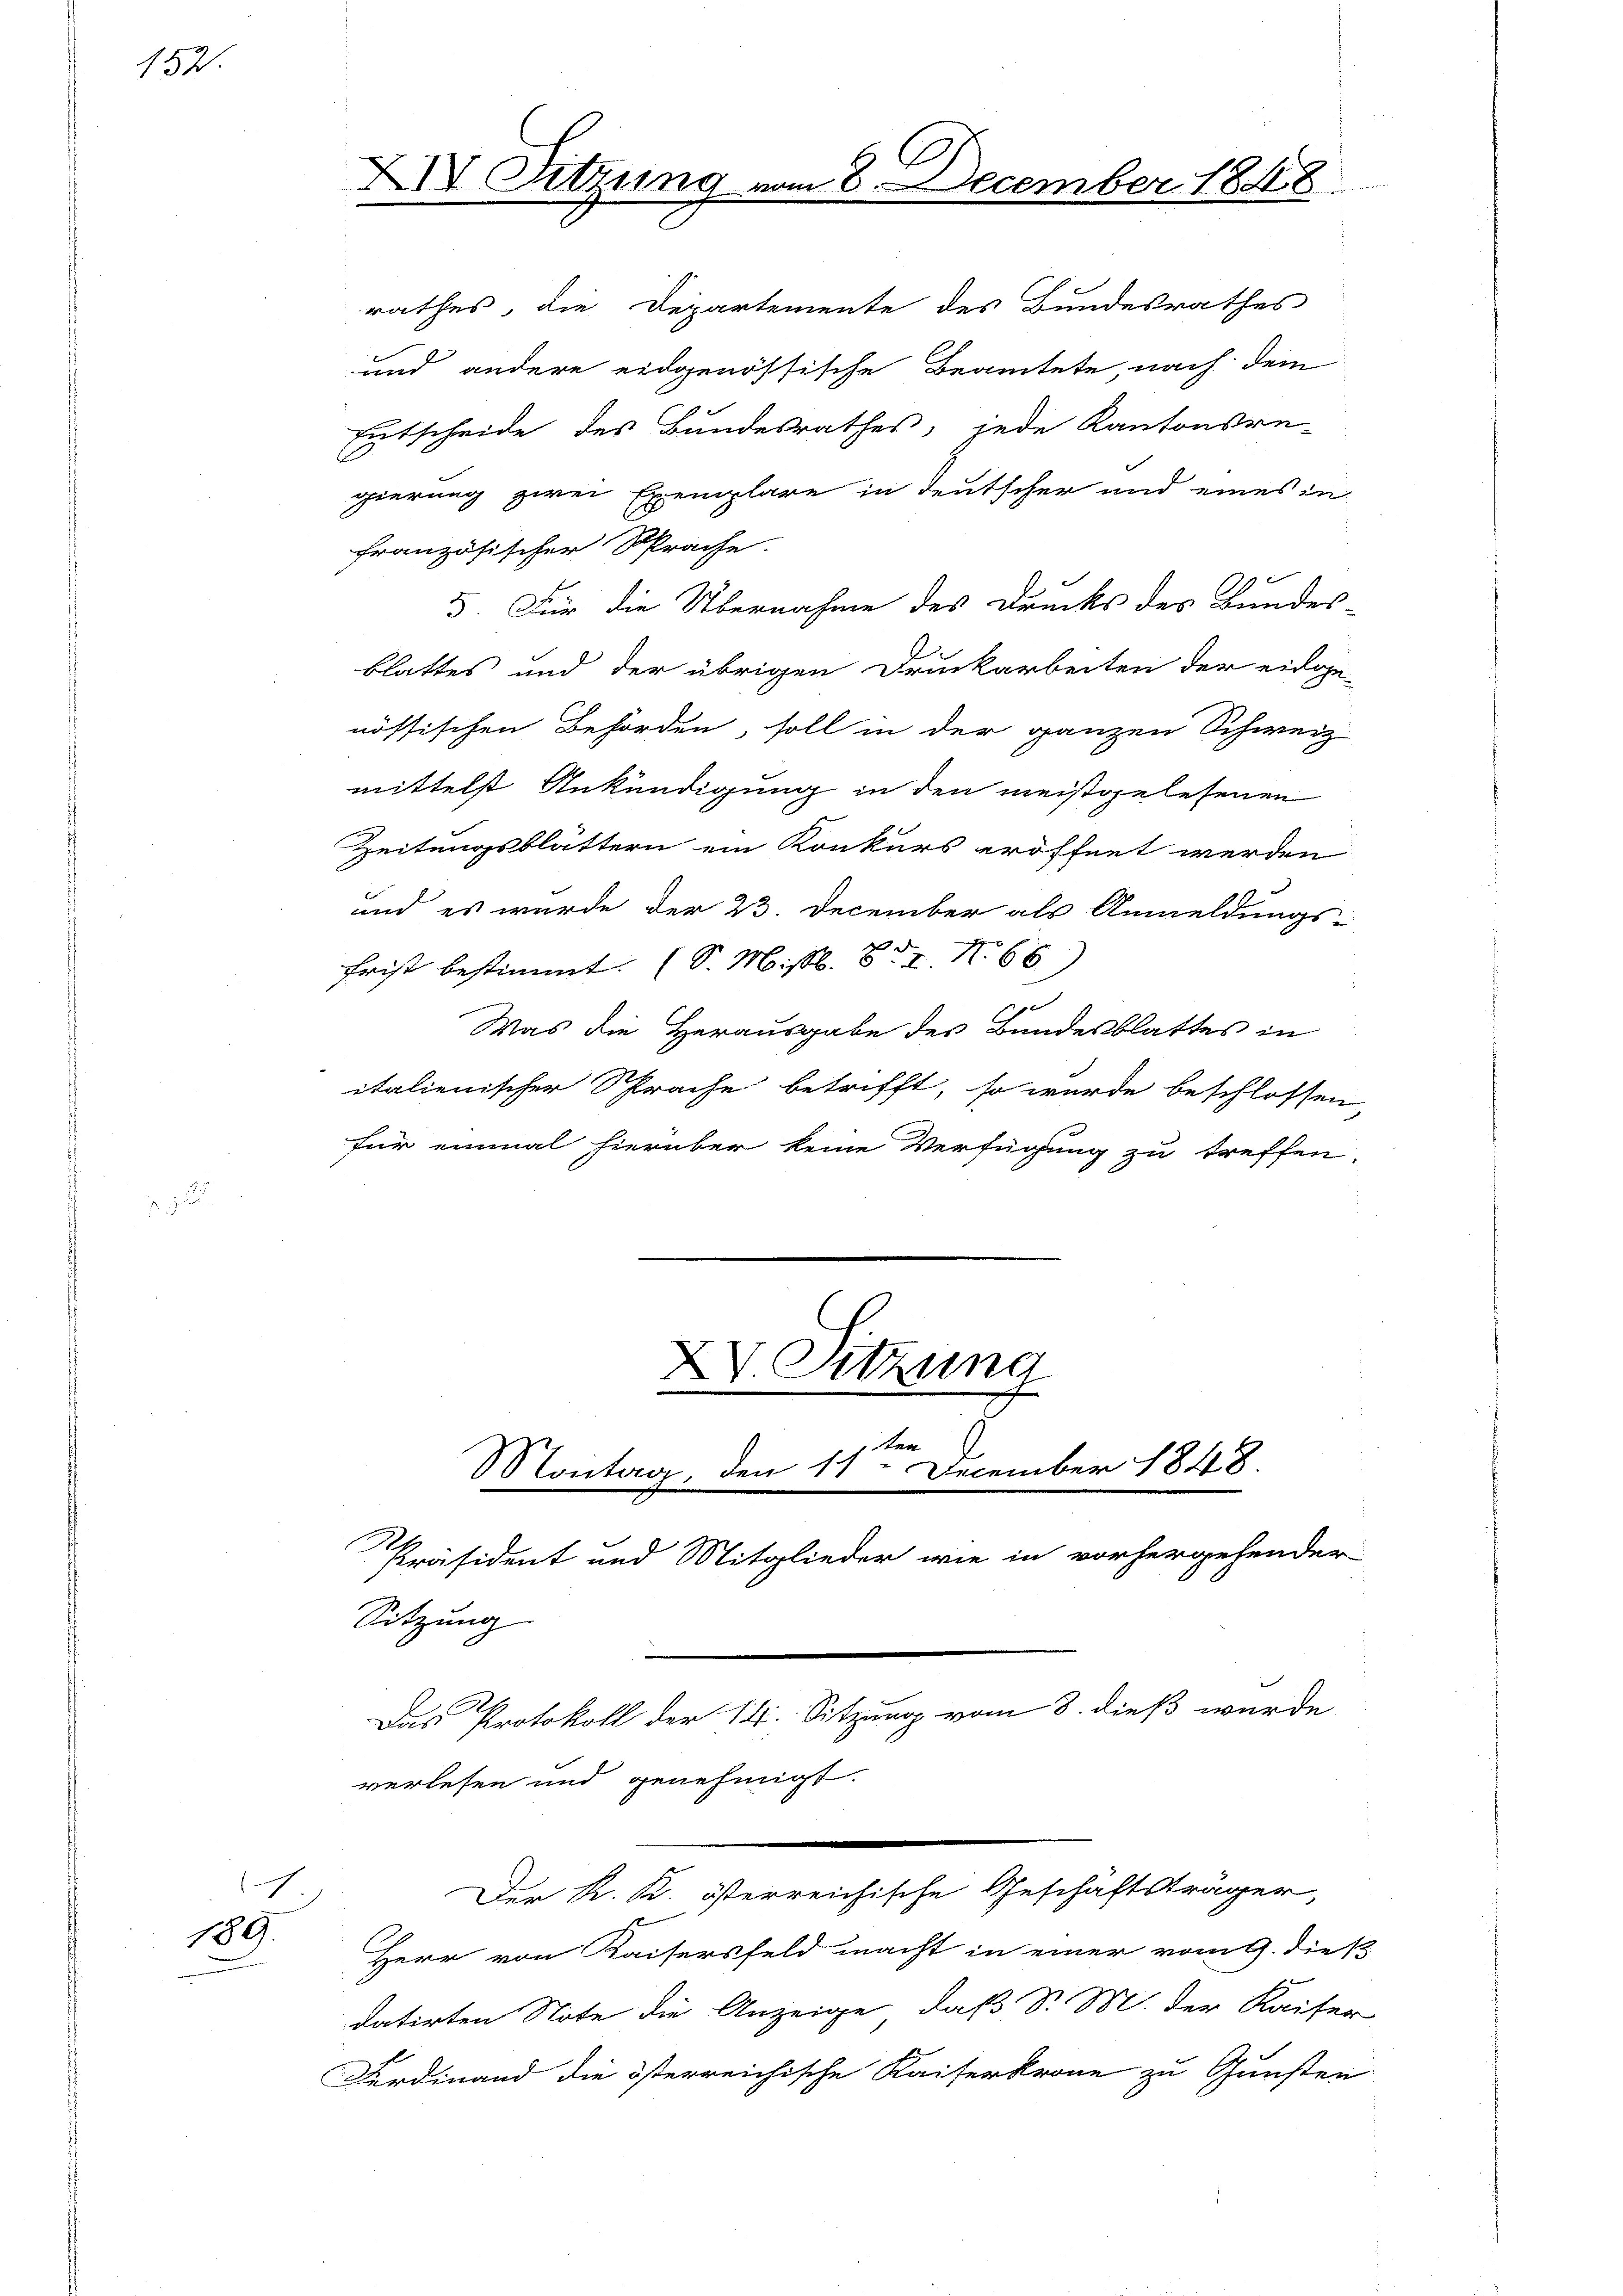
152.

1.)
189.

XIV. Sitzun

Entscheide des Bundesrathes, jede Kantonsre-
gierung zwei Exemplare in deutscher und eines in
französischer Sprache.
5. Für die Übernahme des Drucks des Bundes-
blattes und der übrigen Druckarbeiten der eidge-
nössischen Behörden, soll in der ganzen Schweiz
mittelst Ankündigung in den meistgelesenen
Zeitungsblattern ein Konkurs eröffnet werden
und es wurde der 23. December als Anmeldungs-
Frist bestimmt. (S. Ms. 8. No 66
f
Was die Herausgabe des Bundesblattes in
italienischer Sprache betrifft, so wurde beschlossen,
für einmal hierüber keine Verfügung zu treffen,
XV Sitzung
2

rathes, die Departemente des Bundesrathes
und andere eidgenössische Beamtete, nach dem

kan
Montag, den 11. December 1848.

Sitzung
.
Der K. K. österreichische Geschäftsträger,
s
Herr von Kaisersfeld macht in einer vom G. dieß
datirten Note die Anzeige, daß Sr. M. der Kaiser
Ferdinand die österreichische Kaiserkrone zu Gunsten

Das Protokoll der 14. Sitzung vom 8. dieß wurde
verlesen und genehmigt.

Präsident und Mitglieder wie in vorhergehender

December 1848.